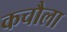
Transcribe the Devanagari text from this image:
कचौला